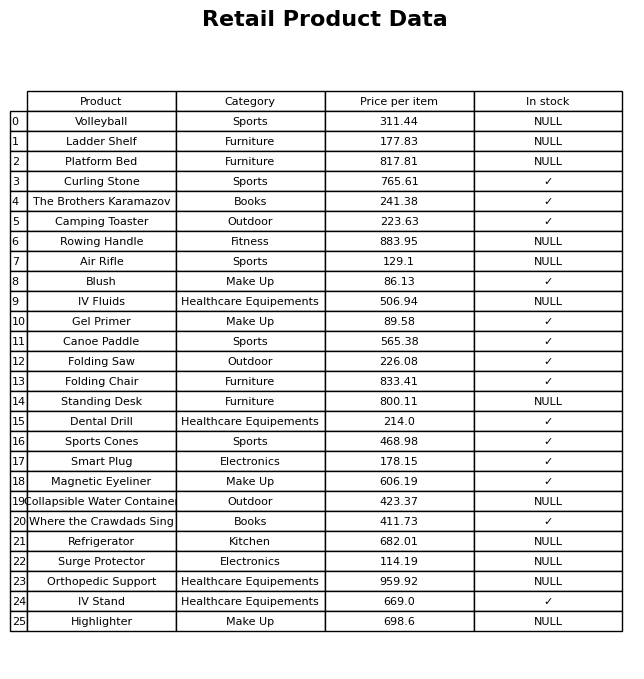
question: Which products are available in stock?
answer: Curling Stone, The Brothers Karamazov, Camping Toaster, Blush, Gel Primer, Canoe Paddle, Folding Saw, Folding Chair, Dental Drill, Sports Cones, Smart Plug, Magnetic Eyeliner, Where the Crawdads Sing, IV Stand